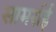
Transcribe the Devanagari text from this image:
सामर्राई